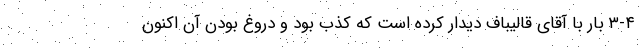
۳-۴ بار با آقای قالیباف دیدار کرده است که کذب بود و دروغ بودن آن اکنون